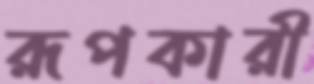
রূপকারী